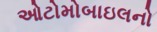
ઓટોમોબાઇલનો